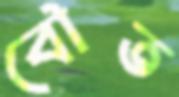
বৌত